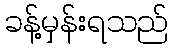
ခန့်မှန်းရသည်